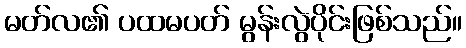
မတ်လ၏ ပထမပတ် မွန်းလွဲပိုင်းဖြစ်သည်။